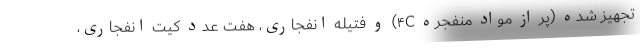
تجهیز شده (پر از مواد منفجره ۴C) و فتیله انفجاری، هفت عدد کیت انفجاری،